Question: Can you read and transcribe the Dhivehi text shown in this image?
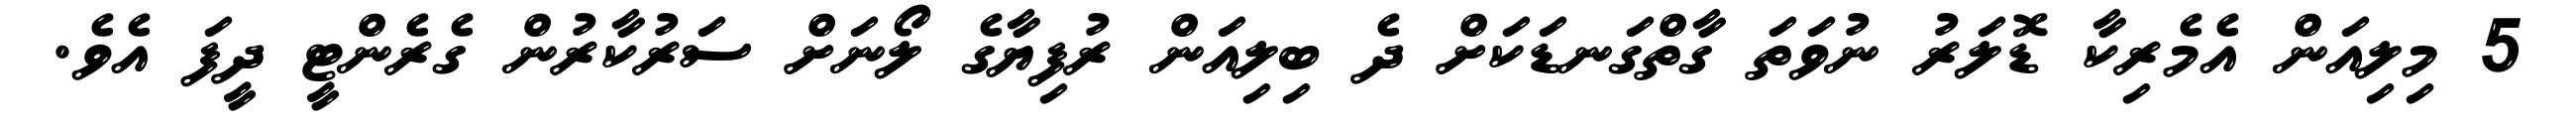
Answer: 5 މިލިއަން އެމެރިކާ ޑޮލަރު ނުވަތަ ގާތްގަނޑަކަށް ދެ ބިލިއަން ރުފިޔާގެ ލޯނަށް ސަރުކާރުން ގެރެންޓީ ދީފަ އެވެ.